Vaccination United Provinces of Agra and Oudh 1902-1913 - 1902-1913
Year: 1902
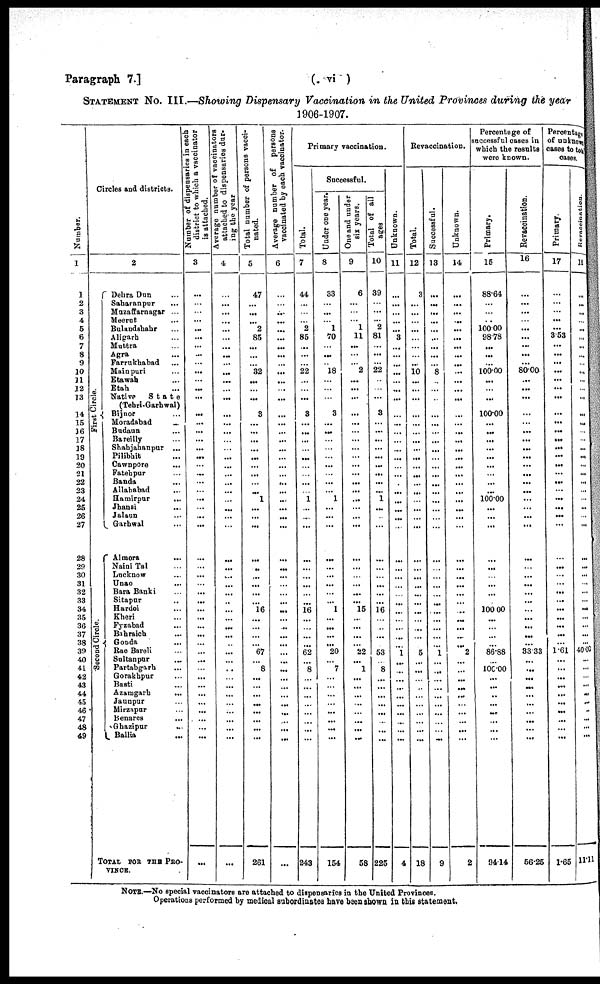
Paragraph 7.]
( vi )
STATEMENT No. III.—Showing Dispensary Vaccination in the United Provinces during the year
1906-1907.
Number.
1
1
2
3
4
5
6
7
8
9
10
11
12
13
14
15
16
17
18
19
20
21
22
23
24
25
26
27
28
29
30
31
32
33
34
35
36
37
38
39
40
41
42
43
44
45
46
47
48
49
Circles and districts.
2
First Circle.
Second Circle.
Dehra Dun ...
Saharanpur ...
Muzaffarnagar ...
Meerut ...
Bulandshahr ...
Aligarh ...
Muttra ...
Agra ...
Farrukhabad ...
Mainpuri ...
Etawah ...
Etah ...
Native
State
(Tehri-Garhwal)
Bijnor ...
Moradabad
...
Budaun ...
Bareilly ...
Shahjahanpur ...
Pilibhit ...
Cawnpore ...
Fatehpur ...
Banda ...
Allahabad ...
Hamirpur ...
Jhansi ...
Jalaun ...
Garhwal ...
Almora ...
Naini Tal ...
Lucknow ...
Unao ...
Bara Banki ...
Sitapur ...
Hardoi ...
Kheri ...
Fyzabad ...
Bahraich ...
Gonda ...
Rae Bareli ...
Sultanpur ...
Partabgarh ...
Gorakhpur ...
Basti ...
Azamgarh
...
Jaunpur ...
Mirzapur ...
Benares ...
Ghazipur ...
Ballia ...
TOTAL FOR THE PRO¬
VINCE.
Number of dispensaries in each
district to which a vaccinator
is attached.
3
...
...
...
...
...
...
...
...
...
...
...
...
...
...
...
...
...
...
...
...
...
...
...
...
...
...
...
...
...
...
...
...
...
...
...
...
...
...
...
...
...
...
...
...
...
...
...
...
...
...
Average number of vaccinators
attached to dispensaries dur-
ing the year.
4
...
...
...
...
...
...
...
...
...
...
...
...
...
...
...
...
...
...
...
...
...
...
...
...
...
...
...
...
...
...
...
...
...
...
...
...
...
...
...
...
...
...
...
...
...
...
...
...
...
...
Total number of persons vacci-
nated.
5
47
...
...
... 2
85
...
...
...
32
...
...
...
3
...
...
...
...
...
...
...
...
...
1
...
...
...
...
...
...
...
...
...
16
...
...
...
...
67
...
8
...
...
...
...
...
...
...
...
261
Average number of persons
vaccinated by each vaccinator.
6
...
...
...
...
...
...
...
...
...
...
...
...
...
...
...
...
...
...
...
...
...
...
...
...
...
...
...
...
...
...
...
...
...
...
...
...
...
...
...
...
...
...
...
...
...
...
...
...
...
...
Primary vaccination.
Total.
7
44
...
... 2
85
...
...
...
22
...
...
...
3
...
...
...
...
...
...
...
...
...
1
...
...
...
...
...
...
...
...
...
16
...
...
...
...
62
8
...
...
...
...
...
...
...
...
243
Successful.
Under one year.
8
33
...
...
... 1
70
...
...
... 18
...
...
...
3
...
...
...
...
...
...
...
...
...
1
...
...
...
...
...
...
...
...
...
1
...
...
...
...
20
...
7
...
...
...
...
...
...
...
...
154
One and under
six years.
9
6
...
... 1
11
...
...
... 2
...
...
...
...
...
...
...
...
...
...
...
...
...
...
...
...
...
...
...
...
...
...
...
15
...
...
...
...
22
...
1
...
...
...
...
...
...
...
...
58
Total of all
ages.
10
39
...
...
2
81
...
...
...
22
...
...
...
3
...
...
...
...
...
...
...
...
...
1
...
...
...
...
...
...
...
...
...
16
...
...
...
...
53
...
8
...
...
...
...
...
...
...
...
225
Unknown.
11
...
...
...
...
...
3
...
...
...
...
...
...
...
...
...
...
...
...
...
...
...
...
...
...
...
...
...
...
...
...
...
...
...
...
...
...
...
...
1
...
...
...
...
...
...
...
...
...
...
4
Revaccination.
Total.
12
3
...
...
...
...
...
...
...
...
10
. ..
...
...
...
...
...
...
...
...
...
...
...
...
...
...
...
...
...
...
...
...
...
...
...
...
...
...
...
5
...
...
...
...
...
...
...
...
...
...
18
Successful.
13
...
...
...
...
...
...
...
...
...
8
...
...
...
...
...
...
...
...
...
...
...
...
...
...
...
...
...
...
...
...
...
...
...
...
...
...
...
...
1
...
...
...
...
...
...
...
...
...
...
9
Unknown.
14
...
...
...
...
...
...
...
...
...
...
...
...
...
...
...
...
...
...
...
...
...
...
...
...
...
...
...
...
...
...
...
...
...
...
...
...
...
...
2
...
...
... ...
...
...
...
...
...
...
2
Percentage of
successful cases in
which the results
were known.
Primary.
15
88.64
...
...
...
100.00
98.78
...
...
...
100.00
...
...
...
100.00
...
...
...
...
...
...
...
...
...
100.00
...
...
...
...
...
...
...
...
...
100.00
...
...
...
...
86.88
...
100.00
...
...
...
...
...
...
...
...
94.14
Revaccination.
16
...
...
...
...
...
...
...
...
...
80.00
...
...
...
...
...
...
...
...
...
...
...
...
...
...
...
...
...
...
...
...
...
...
...
...
...
...
...
...
33.33
...
...
...
...
...
...
...
...
...
...
66.25
Percentage
of unknown
cases to total
cases.
Primary.
17
...
...
...
...
...
3.53
...
...
...
...
...
...
...
...
...
...
...
...
...
...
...
...
...
...
...
...
...
...
...
...
...
...
...
...
...
...
...
...
1.61
...
...
...
...
...
...
...
...
...
...
1.65
Revaccination.
18
...
...
...
...
...
...
...
...
...
...
...
...
...
...
...
...
...
...
...
...
...
...
...
...
...
...
...
...
...
...
...
...
...
...
...
...
...
...
40.00
...
...
...
...
...
...
..
...
...
...
11.11
NOTE.—No special vaccinators are attached to dispensaries in the United Provinces.
Operations performed by medical subordinates have been shown in this statement.